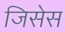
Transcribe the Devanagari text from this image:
जिसेस